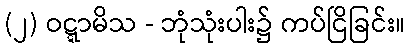
(၂) ဝဋ္ဋာမိသ - ဘုံသုံးပါး၌ ကပ်ငြိခြင်း။